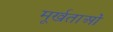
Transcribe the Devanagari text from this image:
मूर्खताओं